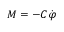
M = - C \dot { \varphi }